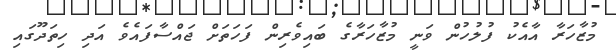
މުޒާހަރާ އާއެކު ފުލުހުން ވަނީ މުޒާހަރާގެ ބައިވެރިން ފަހަތަށް ޖައްސާފައެވެ އަދި ހިތަދޫގައި